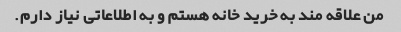
من علاقه مند به خرید خانه هستم و به اطلاعاتی نیاز دارم.